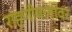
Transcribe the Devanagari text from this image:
राहणीमानावर